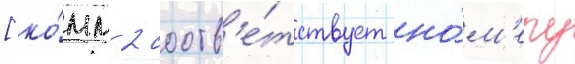
[ко́мм 2 соотв'е́тствует но́м'еру